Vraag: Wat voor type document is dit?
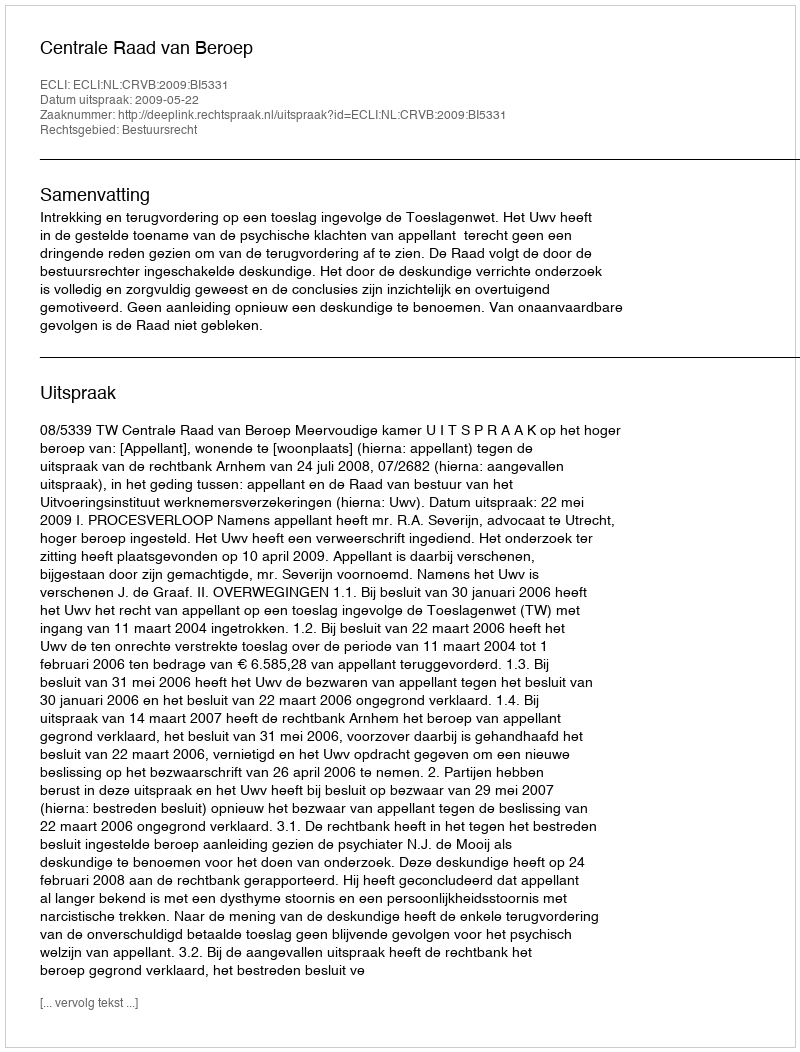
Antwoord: Uitspraak